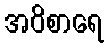
အဝိစာရေ